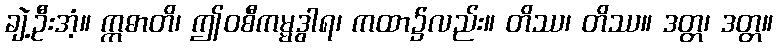
ချဲ့ဦးအံ့။ ဣဓာတိ၊ ဤဝစီကမ္မဒွါရ၊ ကထာ၌လည်း။ တိဿ၊ တိဿ။ ဒတ္တ၊ ဒတ္တ။